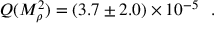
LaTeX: Q ( M _ { \rho } ^ { 2 } ) = ( 3 . 7 \pm 2 . 0 ) \times 1 0 ^ { - 5 } \ \ .